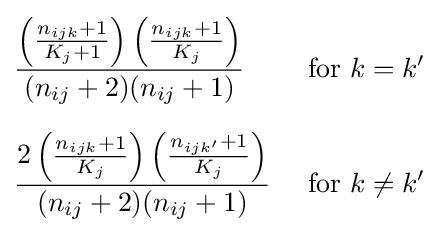
{\begin{aligned}&{\frac {\left({\frac {n_{ijk}+1}{K_{j}+1}}\right)\left({\frac {n_{ijk}+1}{K_{j}}}\right)}{(n_{ij}+2)(n_{ij}+1)}}&&{\text{ for }}k=k'\\[6pt]&{\frac {2\left({\frac {n_{ijk}+1}{K_{j}}}\right)\left({\frac {n_{ijk'}+1}{K_{j}}}\right)}{(n_{ij}+2)(n_{ij}+1)}}&&{\text{ for }}k\neq k'\end{aligned}}